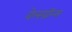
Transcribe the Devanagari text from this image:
वेलग्रीन्स